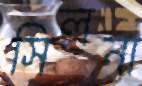
সিলনা